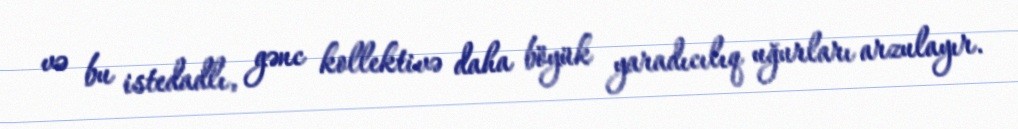
və bu istedadlı, gənc kollektivə daha böyük yaradıcılıq uğurları arzulayır.